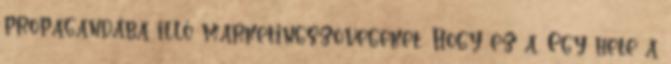
propagandába illő marketingszövegeket. Hogy ez a. Egy hete a